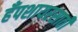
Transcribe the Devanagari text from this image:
हँपशायरसाठी